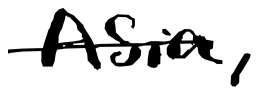
Text: Asia,
Cross-out: mix
Writing tool: digital_black